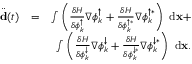
\begin{array} { r l r } { \ddot { \bf d } ( t ) } & { = } & { \int { \left( \frac { \delta H } { \delta \phi _ { k } ^ { \uparrow } } \nabla \phi _ { k } ^ { \uparrow } + \frac { \delta H } { \delta \phi _ { k } ^ { \uparrow * } } \nabla \phi _ { k } ^ { \uparrow * } \right) \ \mathrm { d } { \bf x } } + } \\ & { } & { \int { \left( \frac { \delta H } { \delta \phi _ { k } ^ { \downarrow } } \nabla \phi _ { k } ^ { \downarrow } + \frac { \delta H } { \delta \phi _ { k } ^ { \downarrow * } } \nabla \phi _ { k } ^ { \downarrow * } \right) \ \mathrm { d } { \bf x } } . } \end{array}